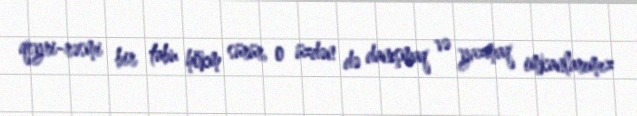
qeyri-rəsmi bir tabu hökm sürür, o üzdən də danışmaq və yazmaq imkanlarımız